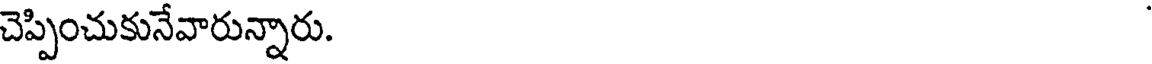
చెప్పించుకునేవారున్నారు.